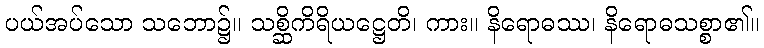
ပယ်အပ်သော သဘော၌။ သစ္ဆိကိရိယဋ္ဌေတိ၊ ကား။ နိရောဓဿ၊ နိရောဓသစ္စာ၏။